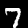
Digit: 7